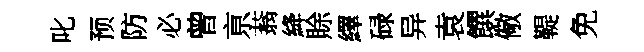
叱预防必曾亰蓊絳賖繹碌异袁饌儆鞮免